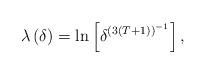
LaTeX: \begin{align*}\lambda \left( \delta \right) =\ln \left[ \delta ^{\left( 3\left( T+1\right)\right) ^{-1}}\right] , \end{align*}